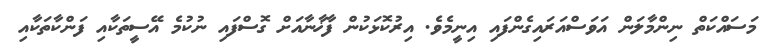
މަސައްކަތް ނިންމާލަން އަވަސްއަރައިގެންފައި އިނީމެވެ. އިރުކޮޅަކުން ފާޚާނާއަށް ގޮސްފައި ނުކުމެ އޭސީތަކާއި ފަންކާތަކާއި